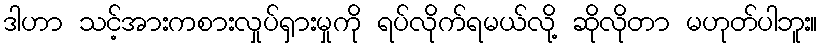
ဒါဟာ သင့်အားကစားလှုပ်ရှားမှုကို ရပ်လိုက်ရမယ်လို့ ဆိုလိုတာ မဟုတ်ပါဘူး။